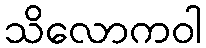
သိလောကဝါ